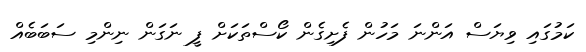
ކަމުގައި ވިޔަސް އަންނަ މަހުން ފެށިގެން ކޯސްތަކަށް ފީ ނަގަން ނިންމި ސަބަބެއް